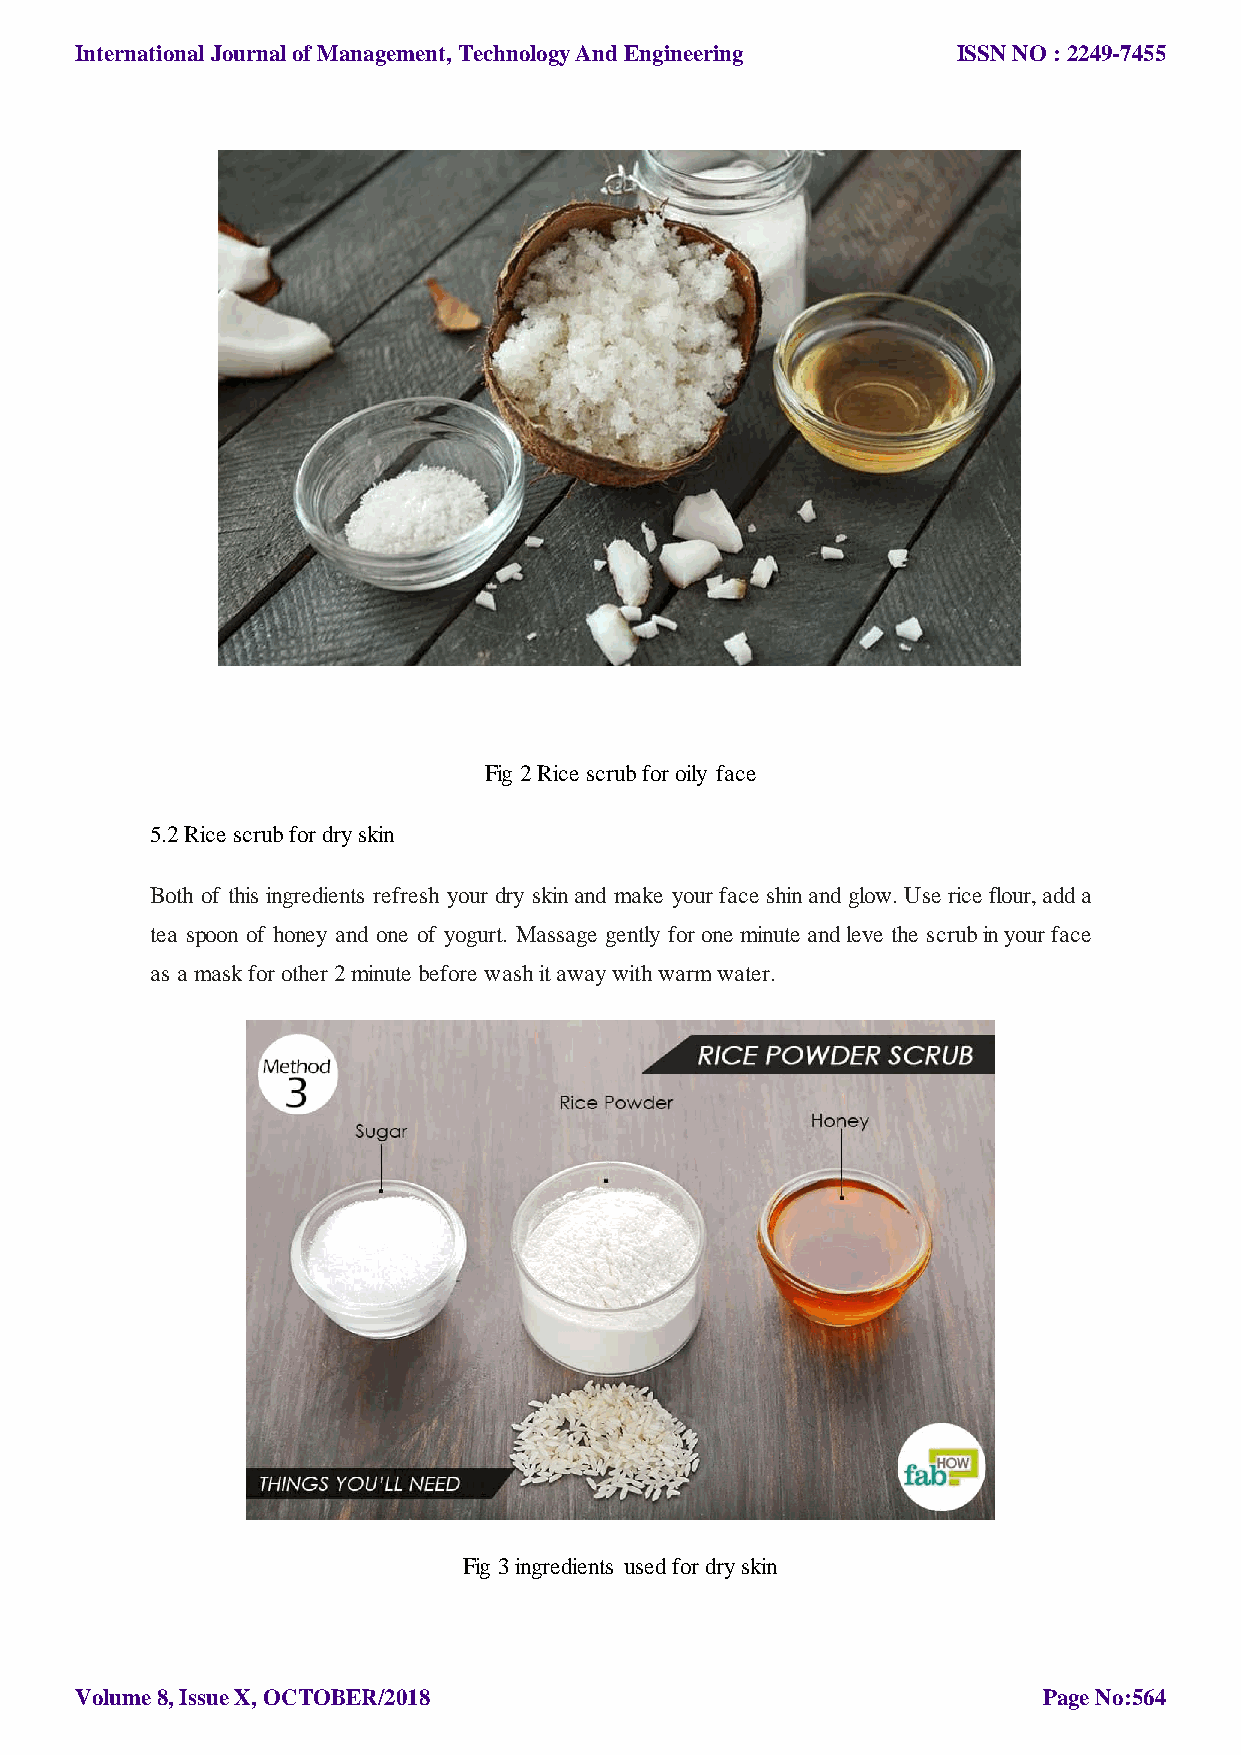
International Journal of Management, Technology And Engineering ISSN NO : 2249-7455
 Fig 2 Rice scrub for oily face
 5.2 Rice scrub for dry skin
 Both of this ingredients refresh your dry skin and make your face shin and glow. Use rice flour, add a
 tea spoon of honey and one of yogurt. Massage gently for one minute and leve the scrub in your face
 as a mask for other 2 minute before wash it away with warm water.
 Fig 3 ingredients used for dry skin
 Volume 8, Issue X, OCTOBER/2018                                 Page No:564